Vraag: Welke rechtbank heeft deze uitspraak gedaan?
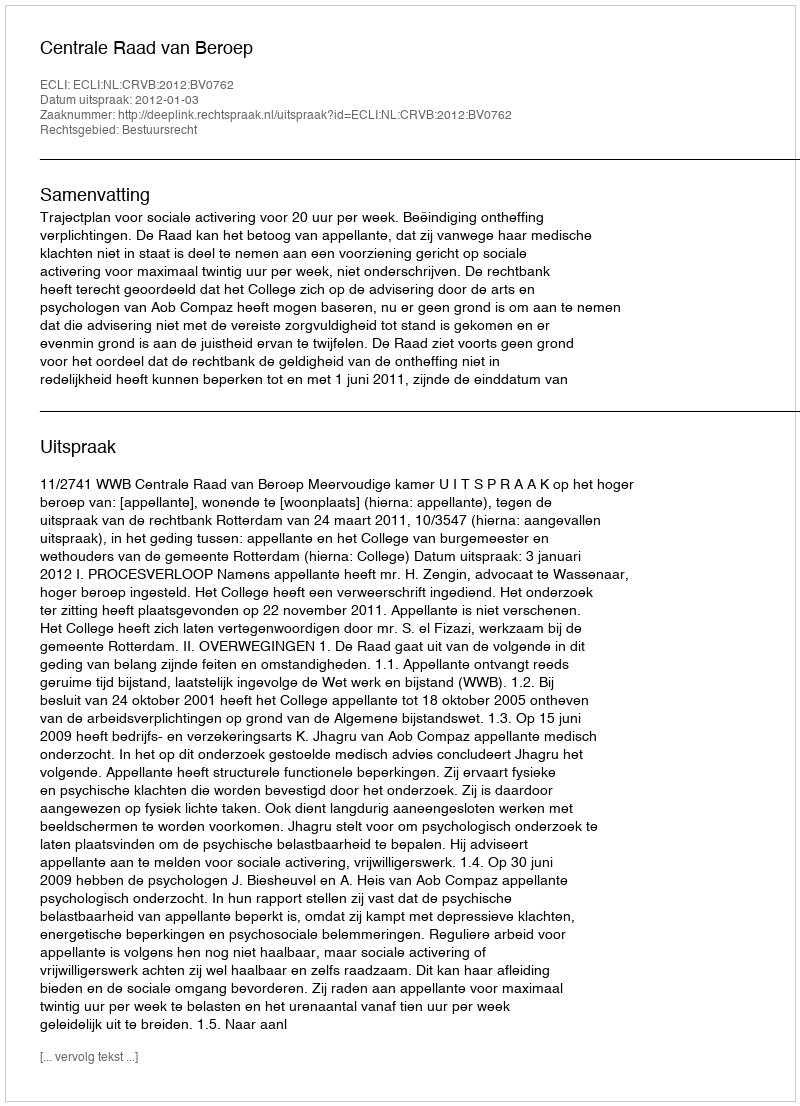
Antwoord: Centrale Raad van Beroep